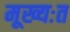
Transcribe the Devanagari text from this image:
मूख्यःत